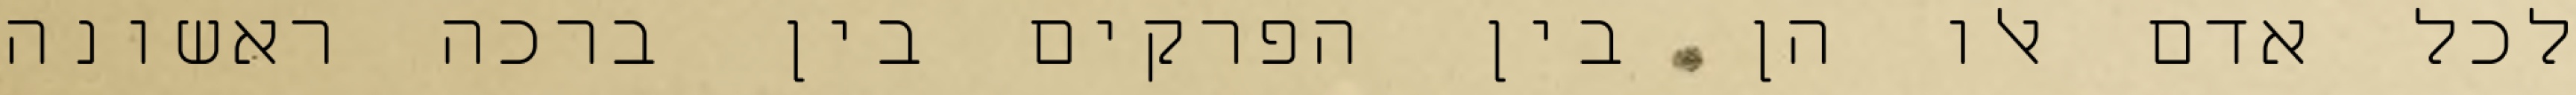
לכל אדם אלו הן בין הפרקים בין ברכה ראשונה